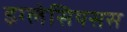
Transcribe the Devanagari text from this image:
इग्लेसियसस